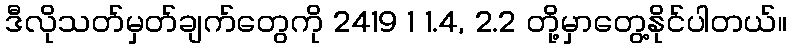
ဒီလိုသတ်မှတ်ချက်တွေကို 2419 1 1.4, 2.2 တို့မှာတွေ့နိုင်ပါတယ်။